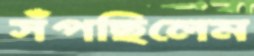
সঁপছিলেম